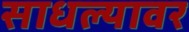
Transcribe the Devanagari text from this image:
साधल्यावर